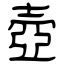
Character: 壺